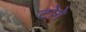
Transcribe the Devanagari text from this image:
टोगे